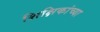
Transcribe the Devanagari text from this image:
शिक्षिकांच्या